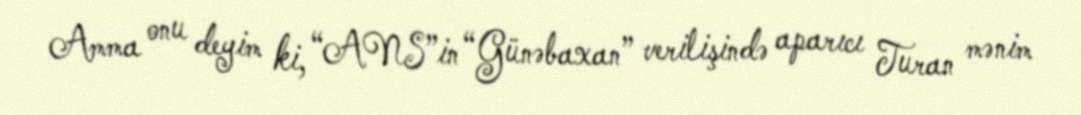
Amma onu deyim ki, “ANS”in “Günəbaxan” verilişində aparıcı Turan mənim